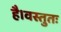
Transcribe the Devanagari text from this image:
है।वस्तुतः